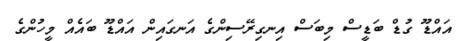
އައްޑޫ ގުޑް ބަޑީސް މިބަސް އިނގިރޭސިންގެ އަނގައިން އައްޑޫ ބައެއް މީހުންގެ